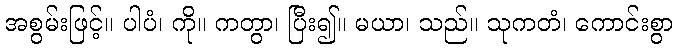
အစွမ်းဖြင့်။ ပါပံ၊ ကို။ ကတွာ၊ ပြီး၍။ မယာ၊ သည်။ သုကတံ၊ ကောင်းစွာ